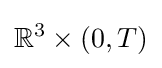
\mathbb {R} ^{3}\times (0,T)